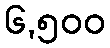
၆,၅၀၀